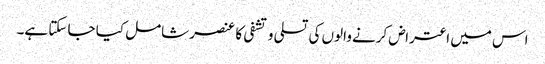
اس میں اعتراض کرنے والوں کی تسلی و تشفی کا عنصر شامل کیا جا سکتا ہے۔